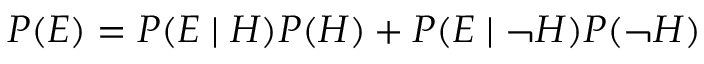
P ( E ) = P ( E \mid H ) P ( H ) + P ( E \mid \neg H ) P ( \neg H )